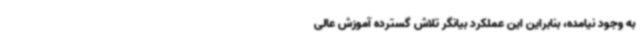
به وجود نیامده، بنابراین این عملکرد بیانگر تلاش گسترده آموزش عالی